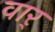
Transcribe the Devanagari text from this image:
वार्